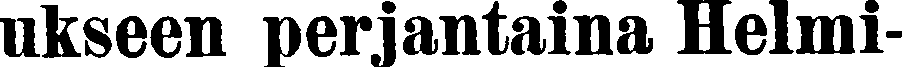
ukseen perjantaina Helmi-